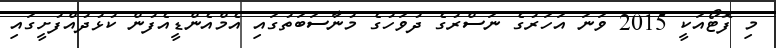
މި ފޮޓޯއަކީ 2015 ވަނަ އަހަރުގެ ނަސްރުގެ ދުވަހުގެ މުނާސަބަތުގައި އެމްއެންޑީއެފުން ކުޅުދުއްފުށީގައި